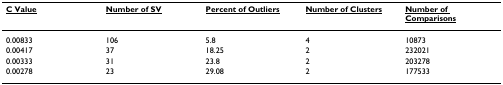
| <underline>C Value</underline> | <underline>Number of SV</underline> | <underline>Percent of Outliers</underline> | <underline>Number of Clusters</underline> | <underline>Number of Comparisons</underline> |
 | --- | --- | --- | --- | --- |
 | 0.00833 | 106 | 5.8 | 4 | 10873 |
 | 0.00417 | 37 | 18.25 | 2 | 232021 |
 | 0.00333 | 31 | 23.8 | 2 | 203278 |
 | 0.00278 | 23 | 29.08 | 2 | 177533 |